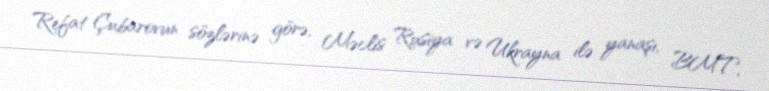
Refat Çubarovun sözlərinə görə, Məclis Rusiya və Ukrayna ilə yanaşı, BMT,